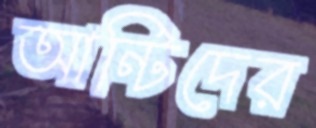
আন্টিদের